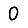
Digit: 0